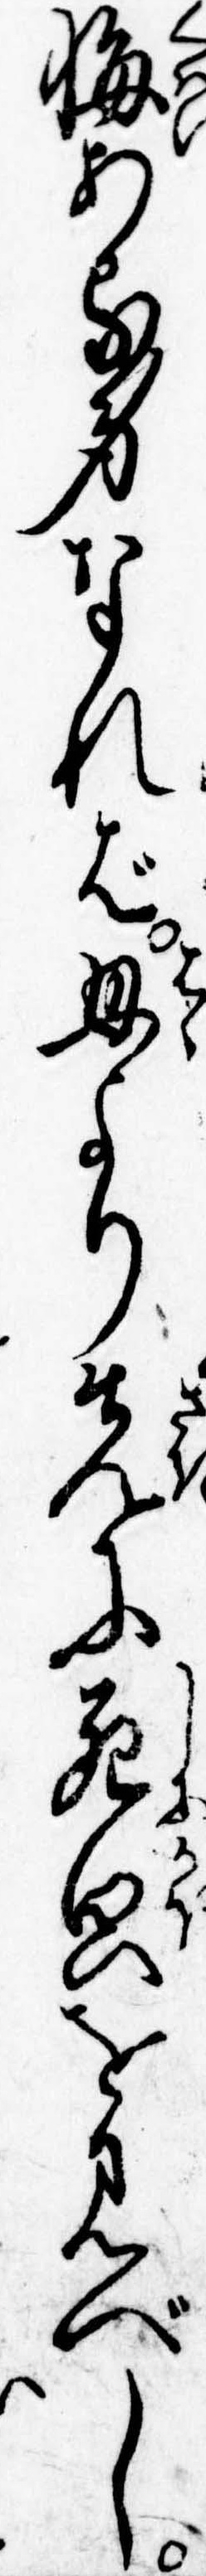
悔ある身なれば母より先に死貌を見べし